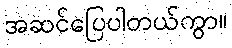
အဆင်ပြေပါတယ်ကွာ။